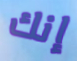
إنك